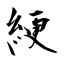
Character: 綆